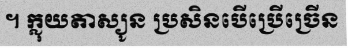
។ ក្លុយតាស្យូន ប្រសិនបើប្រើច្រើន